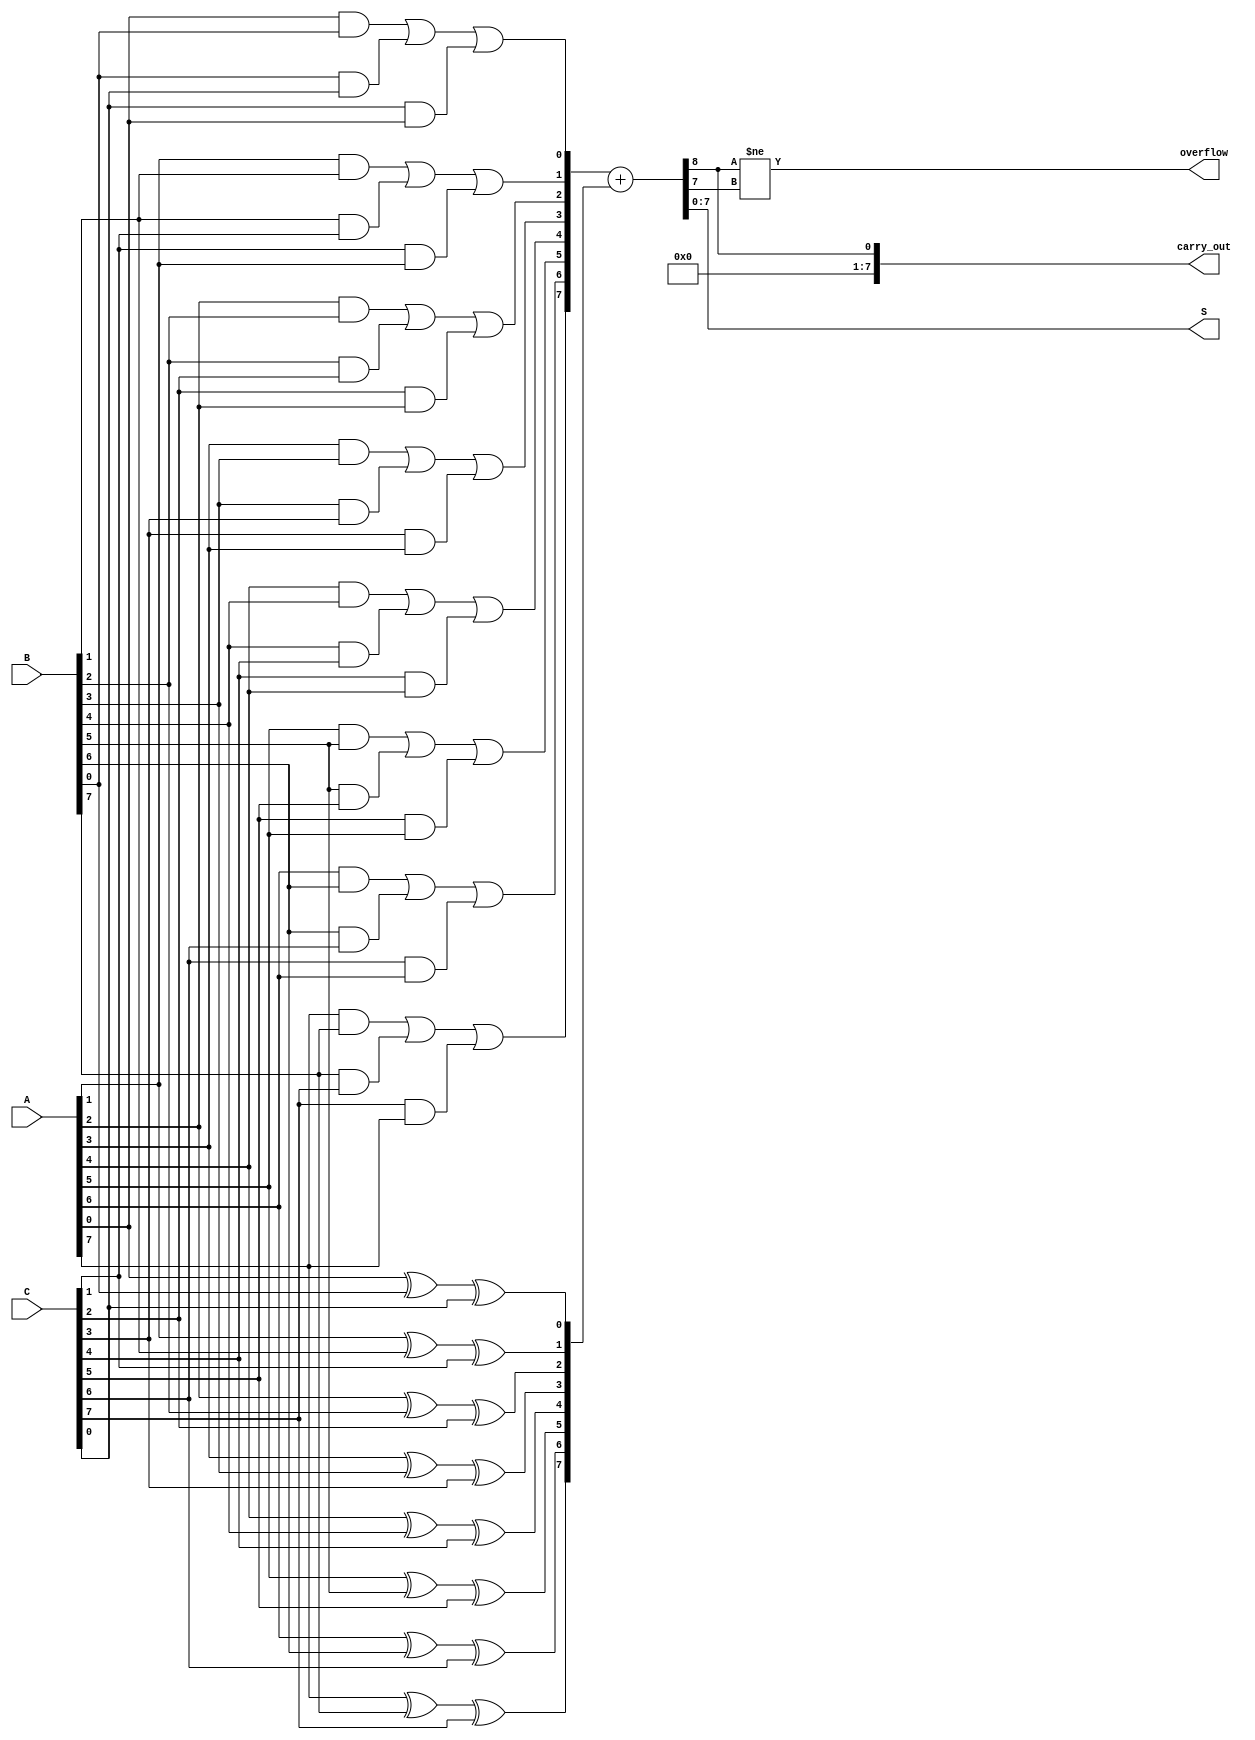
module ModifiedCarrySaveAdder #(parameter n = 8) (
    input  wire [n-1:0] A,    // First operand
    input  wire [n-1:0] B,    // Second operand
    input  wire [n-1:0] C,    // Third operand
    output wire [n-1:0] S,     // Final sum
    output wire [n-1:0] carry_out, // Intermediate carry
    output wire overflow        // Overflow flag
);

    // Intermediate signals for partial sums and carries
    wire [n-1:0] partial_sum;
    wire [n-1:0] carry;

    // Generate partial sums and carries
    genvar i;
    generate
        for (i = 0; i < n; i = i + 1) begin : CSA_bit
            assign partial_sum[i] = A[i] ^ B[i] ^ C[i]; // Sum for bit i
            assign carry[i] = (A[i] & B[i]) | (B[i] & C[i]) | (C[i] & A[i]); // Carry for bit i
        end
    endgenerate

    // Final addition using a Ripple Carry Adder (RCA) for the partial sums and carries
    wire [n:0] final_sum; // n bits for the sum and 1 for carry out
    assign final_sum = {1'b0, carry} + {1'b0, partial_sum}; // Concatenate and add

    assign S = final_sum[n-1:0]; // Final sum output
    assign carry_out = final_sum[n]; // Final carry output

    // Overflow detection (if required)
    assign overflow = (final_sum[n] != final_sum[n-1]);

endmodule